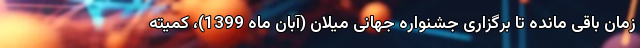
زمان باقی مانده تا برگزاری جشنواره جهانی میلان (آبان ماه 1399)، کمیته